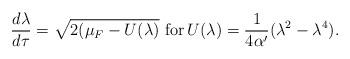
LaTeX: \begin{align*}\frac{d\lambda}{d\tau} = \sqrt{2(\mu _{F}- U(\lambda )} \,\,{\rm for} \,U(\lambda ) = \frac{1}{4 \alpha '} (\lambda ^{2} - \lambda ^{4}).\end{align*}